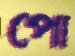
পো